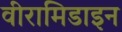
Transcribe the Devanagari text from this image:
वीरामिडाइन